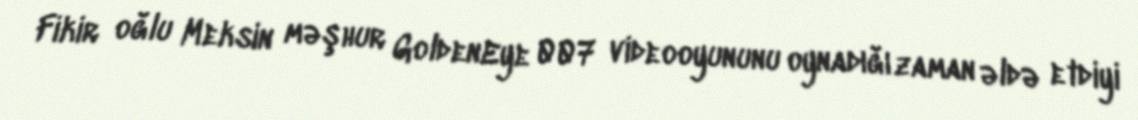
Fikir oğlu Meksin məşhur GoldenEye 007 videooyununu oynadığı zaman əldə etdiyi